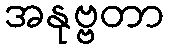
အနုဗ္ဗတာ